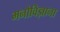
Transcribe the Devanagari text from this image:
मनोविज्ञाना